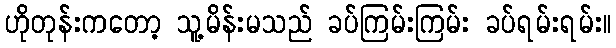
ဟိုတုန်းကတော့ သူ့မိန်းမသည် ခပ်ကြမ်းကြမ်း ခပ်ရမ်းရမ်း။